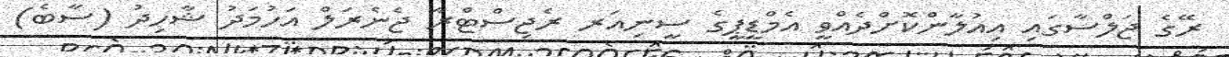
ރޭގެ ޖަލްސާގައި އިއުލާންކޮށްދެއްވީ އެމްޑީޕީގެ ސީނިއަރ ރެޖިސްޓްރާ ޖެނެރަލް އަހުމަދު ޝާހިދު (ސާބެ)